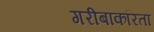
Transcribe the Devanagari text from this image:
गरीबांकरितां